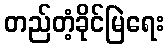
တည်တံ့ခိုင်မြဲရေး